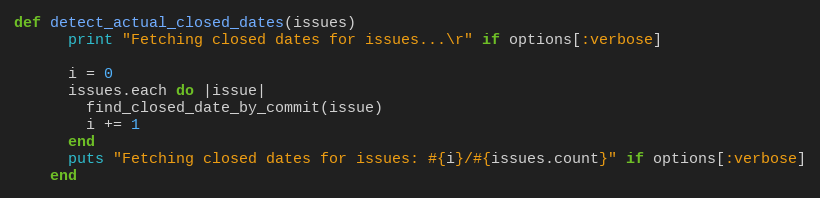
Language: Ruby
def detect_actual_closed_dates(issues)
      print "Fetching closed dates for issues...\r" if options[:verbose]

      i = 0
      issues.each do |issue|
        find_closed_date_by_commit(issue)
        i += 1
      end
      puts "Fetching closed dates for issues: #{i}/#{issues.count}" if options[:verbose]
    end